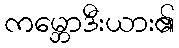
ကမ္ဘောဒီးယား၏